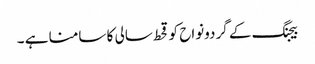
بیجنگ کے گردونواح کو قحط سالی کا سامنا ہے ۔